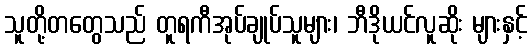
သူတို့တတွေသည် တူရကီအုပ်ချုပ်သူများ၊ ဘီဒိုယင်လူဆိုး များနှင့်